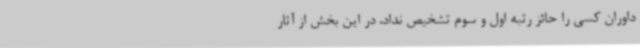
داوران کسی را حائز رتبه اول و سوم تشخیص نداد، در این بخش از آثار